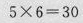
$$5 \times 6 = 3 0$$